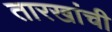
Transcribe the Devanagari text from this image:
तारखांची